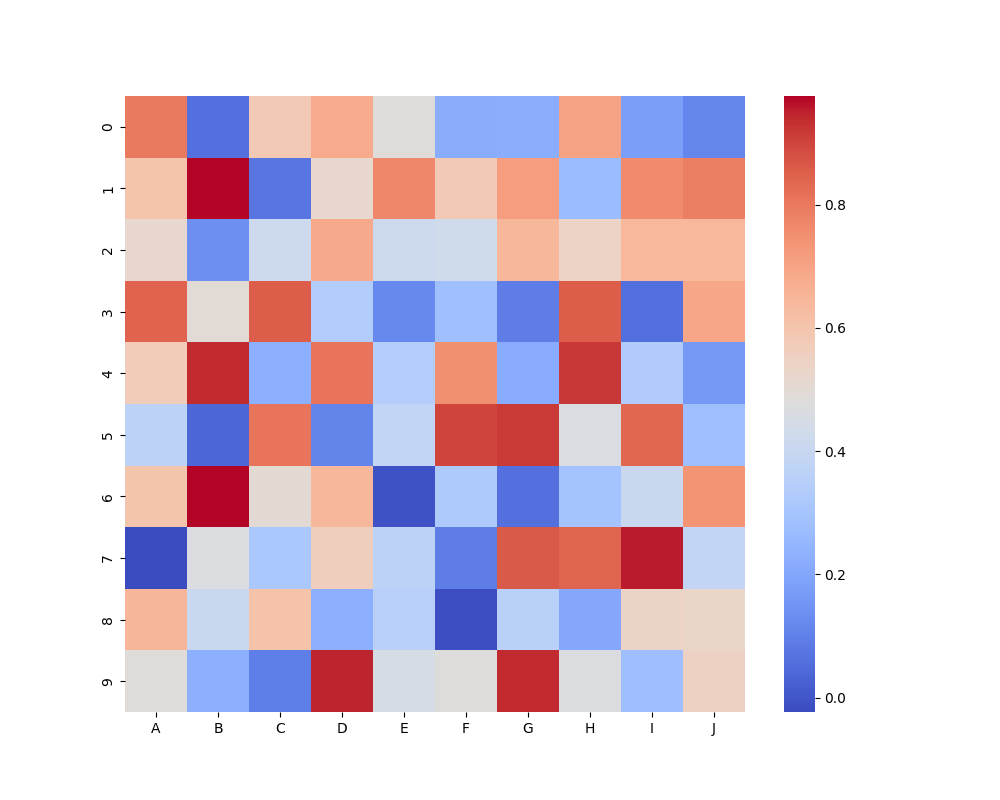
python, seaborn, heatmap, cmap='coolwarm', linewidths=0.0, center=none